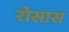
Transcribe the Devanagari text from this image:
रोसास